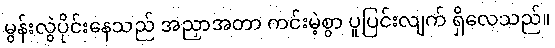
မွန်းလွဲပိုင်းနေသည် အညှာအတာ ကင်းမဲ့စွာ ပူပြင်းလျက် ရှိလေသည်။